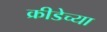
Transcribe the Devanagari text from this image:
क्रीडेच्या